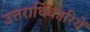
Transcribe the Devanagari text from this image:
उत्तराधिकारियें